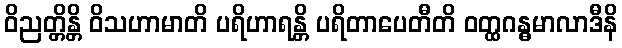
ဝိညတ္တိန္တိ ဝိသဟာမာတိ ပရိဟာရန္တိ ပရိတာပေတီတိ ဝတ္ထဂန္ဓမာလာဒီနိ